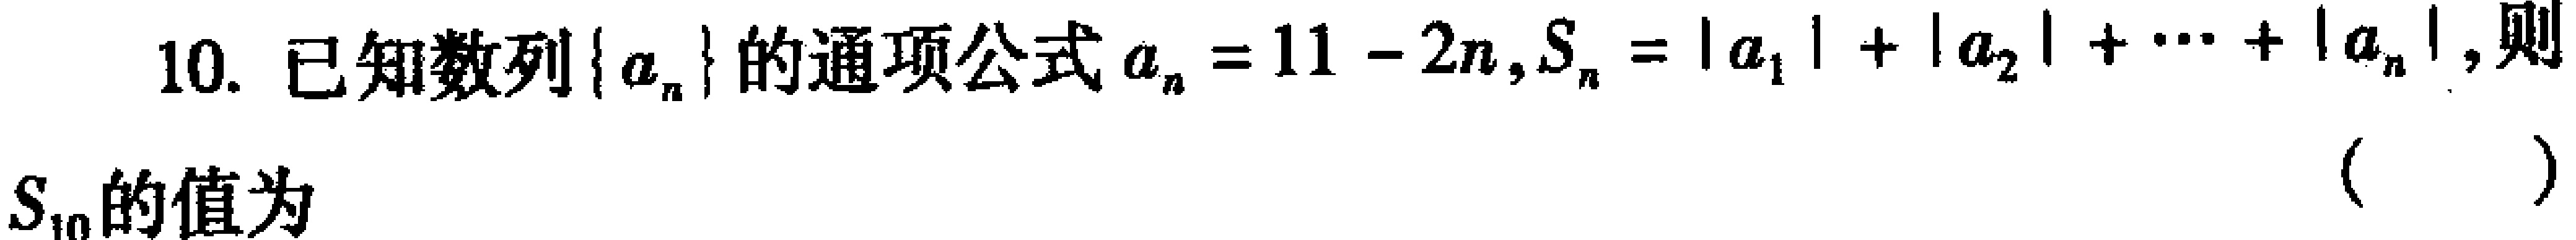
10. 已知数列\(\{ a_{n}\}\)的通项公式\(a_{n}=11 - 2n,S_{n}=|a_{1}|+|a_{2}|+\cdots+|a_{n}|\)，则\(S_{10}\)的值为 （  ）